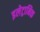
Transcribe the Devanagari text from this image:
इलेट्रानिक